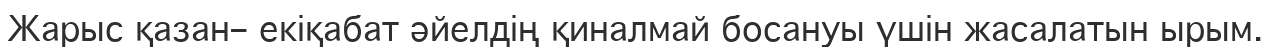
Жарыс қазан– екіқабат әйелдің қиналмай босануы үшін жасалатын ырым.